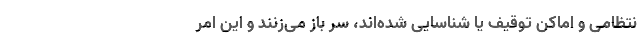
نتظامی و اماکن توقیف یا شناسایی شده‌اند، سر باز می‌زنند و این امر